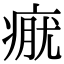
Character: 𤷊